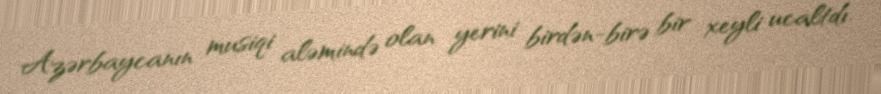
Azərbaycanın musiqi aləmində olan yerini birdən-birə bir xeyli ucaltdı.